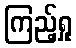
ကြည့်ရှု